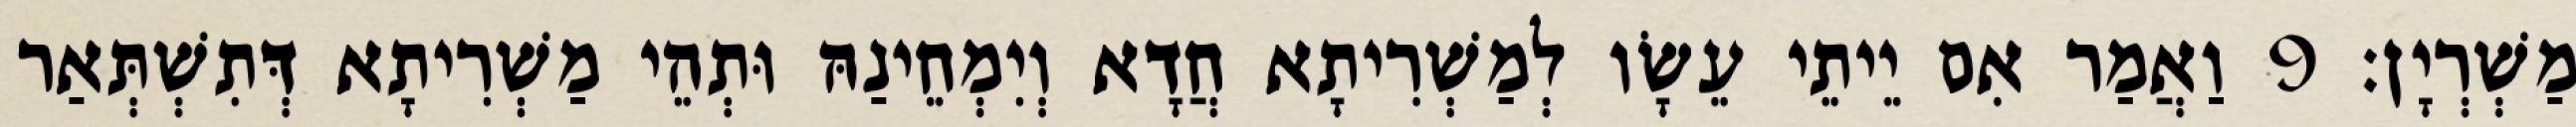
מַשְׁרְיָן׃ 9 וַאֲמַר אִם יֵיתֵי עֵשָׂו לְמַשְׁרִיתָא חֲדָא וְיִמְחֵינַהּ וּתְהֵי מַשְׁרִיתָא דְּתִשְׁתְּאַר